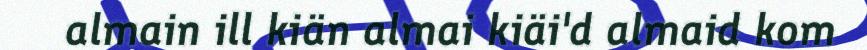
almain ill kiän almai kiäi'd almaid kom